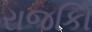
રાજકોિ